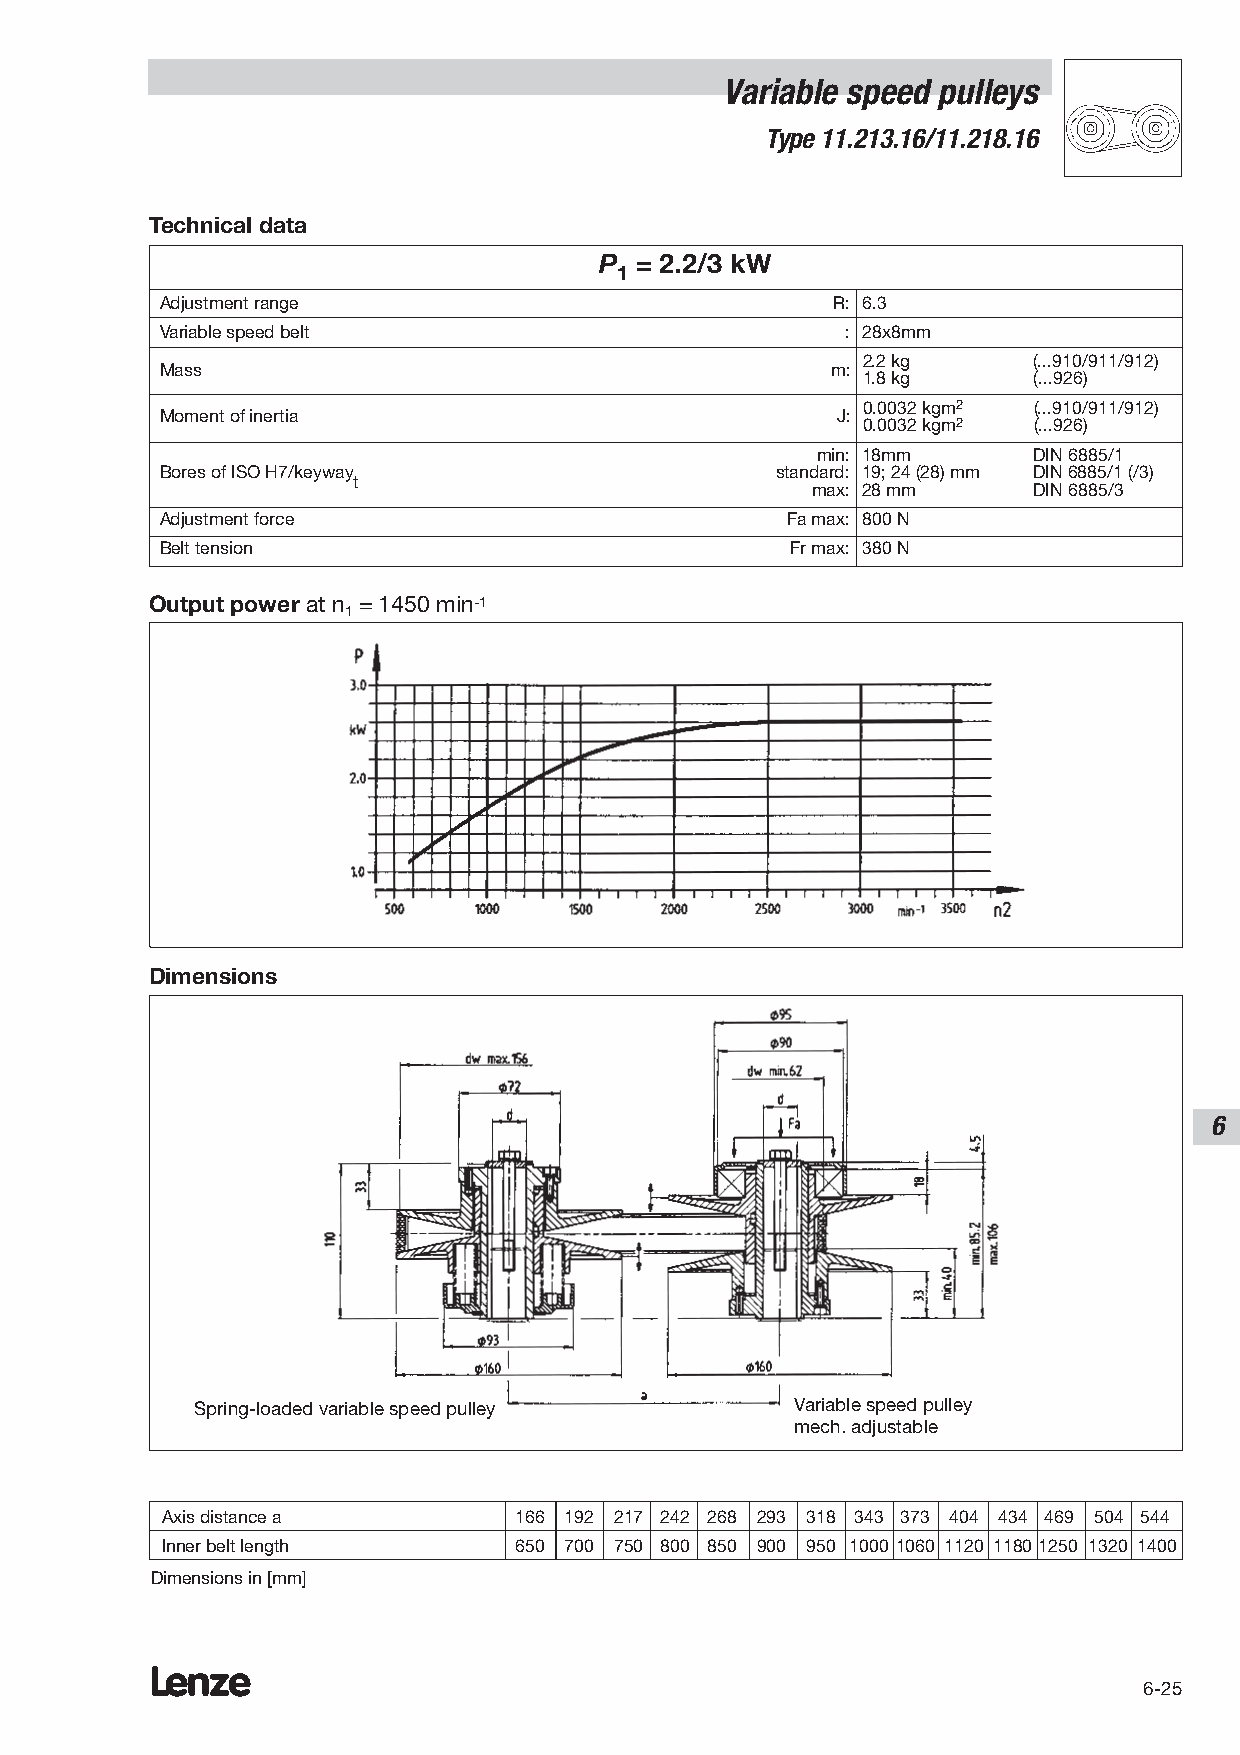
Variable speed pulleys
 Type 11.213.16/11.218.16
 Technical data
 P = 2.2/3 kW
 1
 Adjustment range                            R: 6.3
 Variable speed belt                          : 28x8mm
 2.2 kg     (...910/911/912)
 Mass                                        m:
 1.8 kg     (...926)
 0.0032 kgm2 (...910/911/912)
 Moment of inertia                           J:
 0.0032 kgm2 (...926)
 min: 18mm     DIN 6885/1
 Bores of ISO H7/keyway                  standard: 19; 24 (28) mm DIN 6885/1 (/3)
 t
 max: 28 mm    DIN 6885/3
 Adjustment force                         Fa max: 800 N
 Belt tension                             Fr max: 380 N
 Output power at n = 1450 min-1
 1
 Dimensions
 6
 Spring-loaded variable speed pulley     Variable speed pulley
 mech. adjustable
 Axis distance a        166 192 217 242 268 293 318 343 373 404 434 469 504 544
 Inner belt length      650 700 750 800 850 900 950 1000 1060 1120 11801250 1320 1400
 Dimensions in [mm]
 Lenze
 6-25